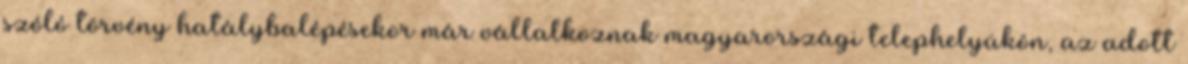
szóló törvény hatálybalépésekor már vállalkoznak magyarországi telephelyükön, az adott